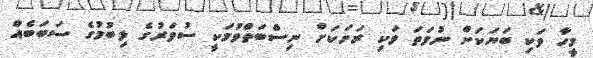
މީހާ ވަކި ބަޔަކަށް ނުވަތަ ވަކި ރަށަކަށް ނިސްބަތްވުމަކީ ސުވަރުގެ ލިބުމުގެ ސަބަބެއް